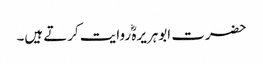
حضرت ابوہریرہؓ روایت کرتے ہیں۔